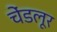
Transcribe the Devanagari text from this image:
चेंडलूर